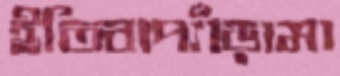
ইতিবাপ্যাঁড়ামা